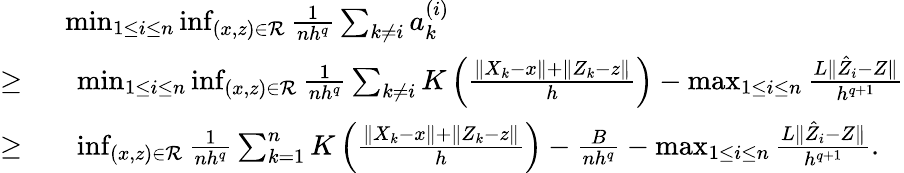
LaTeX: \begin{array}{rl}&{\operatorname*{min}_{1\leq i\leq n}\operatorname*{inf}_{(x,z)\in\mathcal{R}}\frac{1}{nh^{q}}\sum_{k\neq i}a_{k}^{(i)}}\\ {\geq\ }&{\ \operatorname*{min}_{1\leq i\leq n}\operatorname*{inf}_{(x,z)\in\mathcal{R}}\frac{1}{nh^{q}}\sum_{k\neq i}K\left(\frac{\| X_{k}-x\| +\| Z_{k}-z\| }{h}\right)-\operatorname*{max}_{1\leq i\leq n}\frac{L\| \hat{Z}_{i}-Z\| }{h^{q+1}}}\\ {\geq\ }&{\ \operatorname*{inf}_{(x,z)\in\mathcal{R}}\frac{1}{nh^{q}}\sum_{k=1}^{n}K\left(\frac{\| X_{k}-x\| +\| Z_{k}-z\| }{h}\right)-\frac{B}{nh^{q}}-\operatorname*{max}_{1\leq i\leq n}\frac{L\| \hat{Z}_{i}-Z\| }{h^{q+1}}.}\end{array}